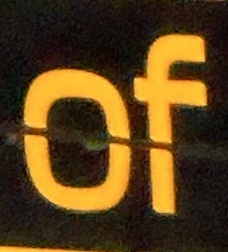
of